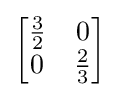
{\begin{bmatrix}{\frac {3}{2}}&0\\0&{\frac {2}{3}}\end{bmatrix}}